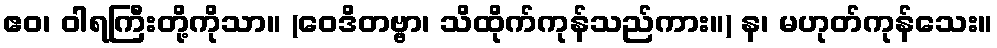
ဧဝ၊ ဝါရကြီးတို့ကိုသာ။ (ဝေဒိတဗ္ဗာ၊ သိထိုက်ကုန်သည်ကား။) န၊ မဟုတ်ကုန်သေး။